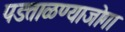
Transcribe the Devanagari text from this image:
पडताळण्याजोगा